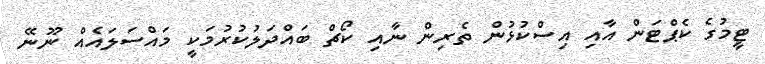
ޓީމުގެ ކެޕްޓަން އާއި އިސްކުޅުން ތެރިން ނާއި ކޯޗް ބައްދަލުކުރުމަކީ މައްސަލައެއް ނޫނޭ